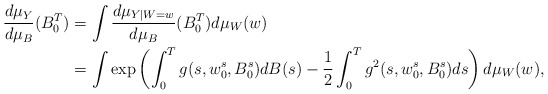
\begin{align*}\frac{d\mu_Y}{d\mu_B}(B_0^T) & = \int \frac{d\mu_{Y|W=w}}{d\mu_B}(B_0^T) d\mu_W(w)\\&= \int \exp \left(\int_0^T g(s, w_0^s, B_0^s) dB(s)-\frac{1}{2} \int_0^T g^2(s, w_0^s, B_0^s) ds \right) d\mu_W(w),\end{align*}